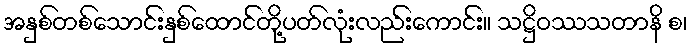
အနှစ်တစ်သောင်းနှစ်ထောင်တို့ပတ်လုံးလည်းကောင်း။ သဋ္ဌိဝဿသတာနိ စ၊